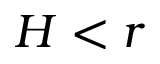
H < r